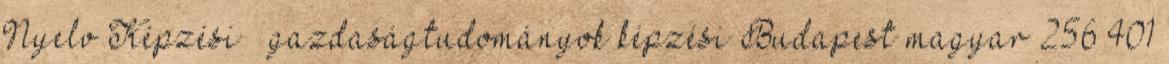
Nyelv Képzési gazdaságtudományok képzési Budapest magyar 256 401